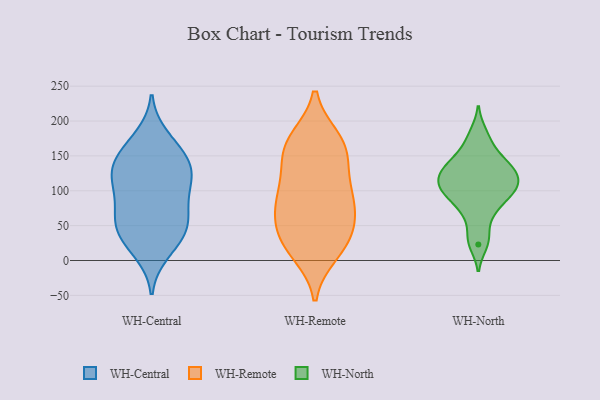
{"axis": {"x": "Conversion Rate (%)", "y": "Value"}, "legend": ["WH-Central", "WH-North", "WH-Remote"], "data": [{"x": "", "y": 110, "type": "WH-Central"}, {"x": "", "y": 56, "type": "WH-Central"}, {"x": "", "y": 169, "type": "WH-Central"}, {"x": "", "y": 18, "type": "WH-Central"}, {"x": "", "y": 148, "type": "WH-Central"}, {"x": "", "y": 178, "type": "WH-Central"}, {"x": "", "y": 144, "type": "WH-Central"}, {"x": "", "y": 42, "type": "WH-Central"}, {"x": "", "y": 108, "type": "WH-Central"}, {"x": "", "y": 125, "type": "WH-Central"}, {"x": "", "y": 129, "type": "WH-Central"}, {"x": "", "y": 11, "type": "WH-Central"}, {"x": "", "y": 125, "type": "WH-Central"}, {"x": "", "y": 41, "type": "WH-Central"}, {"x": "", "y": 78, "type": "WH-Central"}, {"x": "", "y": 145, "type": "WH-Central"}, {"x": "", "y": 50, "type": "WH-Central"}, {"x": "", "y": 92, "type": "WH-Central"}, {"x": "", "y": 77, "type": "WH-Central"}, {"x": "", "y": 46, "type": "WH-Central"}, {"x": "", "y": 94, "type": "WH-Remote"}, {"x": "", "y": 57, "type": "WH-Remote"}, {"x": "", "y": 66, "type": "WH-Remote"}, {"x": "", "y": 130, "type": "WH-Remote"}, {"x": "", "y": 35, "type": "WH-Remote"}, {"x": "", "y": 21, "type": "WH-Remote"}, {"x": "", "y": 154, "type": "WH-Remote"}, {"x": "", "y": 11, "type": "WH-Remote"}, {"x": "", "y": 84, "type": "WH-Remote"}, {"x": "", "y": 95, "type": "WH-Remote"}, {"x": "", "y": 149, "type": "WH-Remote"}, {"x": "", "y": 48, "type": "WH-Remote"}, {"x": "", "y": 168, "type": "WH-Remote"}, {"x": "", "y": 174, "type": "WH-Remote"}, {"x": "", "y": 20, "type": "WH-Remote"}, {"x": "", "y": 97, "type": "WH-Remote"}, {"x": "", "y": 173, "type": "WH-Remote"}, {"x": "", "y": 146, "type": "WH-North"}, {"x": "", "y": 108, "type": "WH-North"}, {"x": "", "y": 126, "type": "WH-North"}, {"x": "", "y": 139, "type": "WH-North"}, {"x": "", "y": 99, "type": "WH-North"}, {"x": "", "y": 130, "type": "WH-North"}, {"x": "", "y": 183, "type": "WH-North"}, {"x": "", "y": 35, "type": "WH-North"}, {"x": "", "y": 112, "type": "WH-North"}, {"x": "", "y": 130, "type": "WH-North"}, {"x": "", "y": 69, "type": "WH-North"}, {"x": "", "y": 73, "type": "WH-North"}, {"x": "", "y": 164, "type": "WH-North"}, {"x": "", "y": 23, "type": "WH-North"}, {"x": "", "y": 96, "type": "WH-North"}, {"x": "", "y": 111, "type": "WH-North"}, {"x": "", "y": 95, "type": "WH-North"}]}